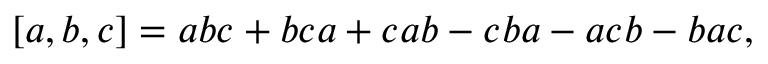
\left[ a , b , c \right] = a b c + b c a + c a b - c b a - a c b - b a c ,